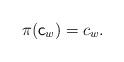
LaTeX: \begin{align*} \pi(\mathsf{c}_{w}) = c_{w}. \end{align*}